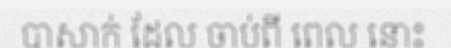
បាសាក់ ដែល ចាប់ពី ពេល នោះ